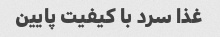
غذا سرد با کیفیت پایین